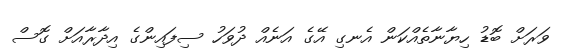
ވަރަށް ބޮޑު ހިޔާނާތެއްކަން އެނގި އޭގެ އަނެއް ދުވަހު ސިފައިންގެ އިދާރާއަށް ގޮސް